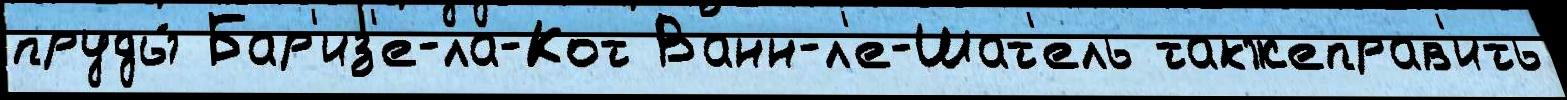
пруды́ Бар'из'е-ла-Кот Ванн-л'е-Шат'ель такжеправ'ить